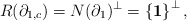
\begin{align*}R(\partial_{1,c})=N(\partial_{1})^{\bot}=\left\{ \mathbf{1}\right\} ^{\bot},\end{align*}